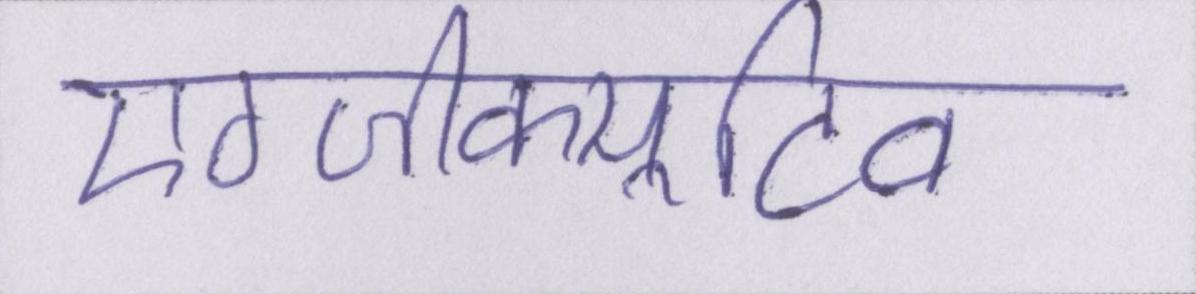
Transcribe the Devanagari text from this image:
एग्जीक्यूटिव